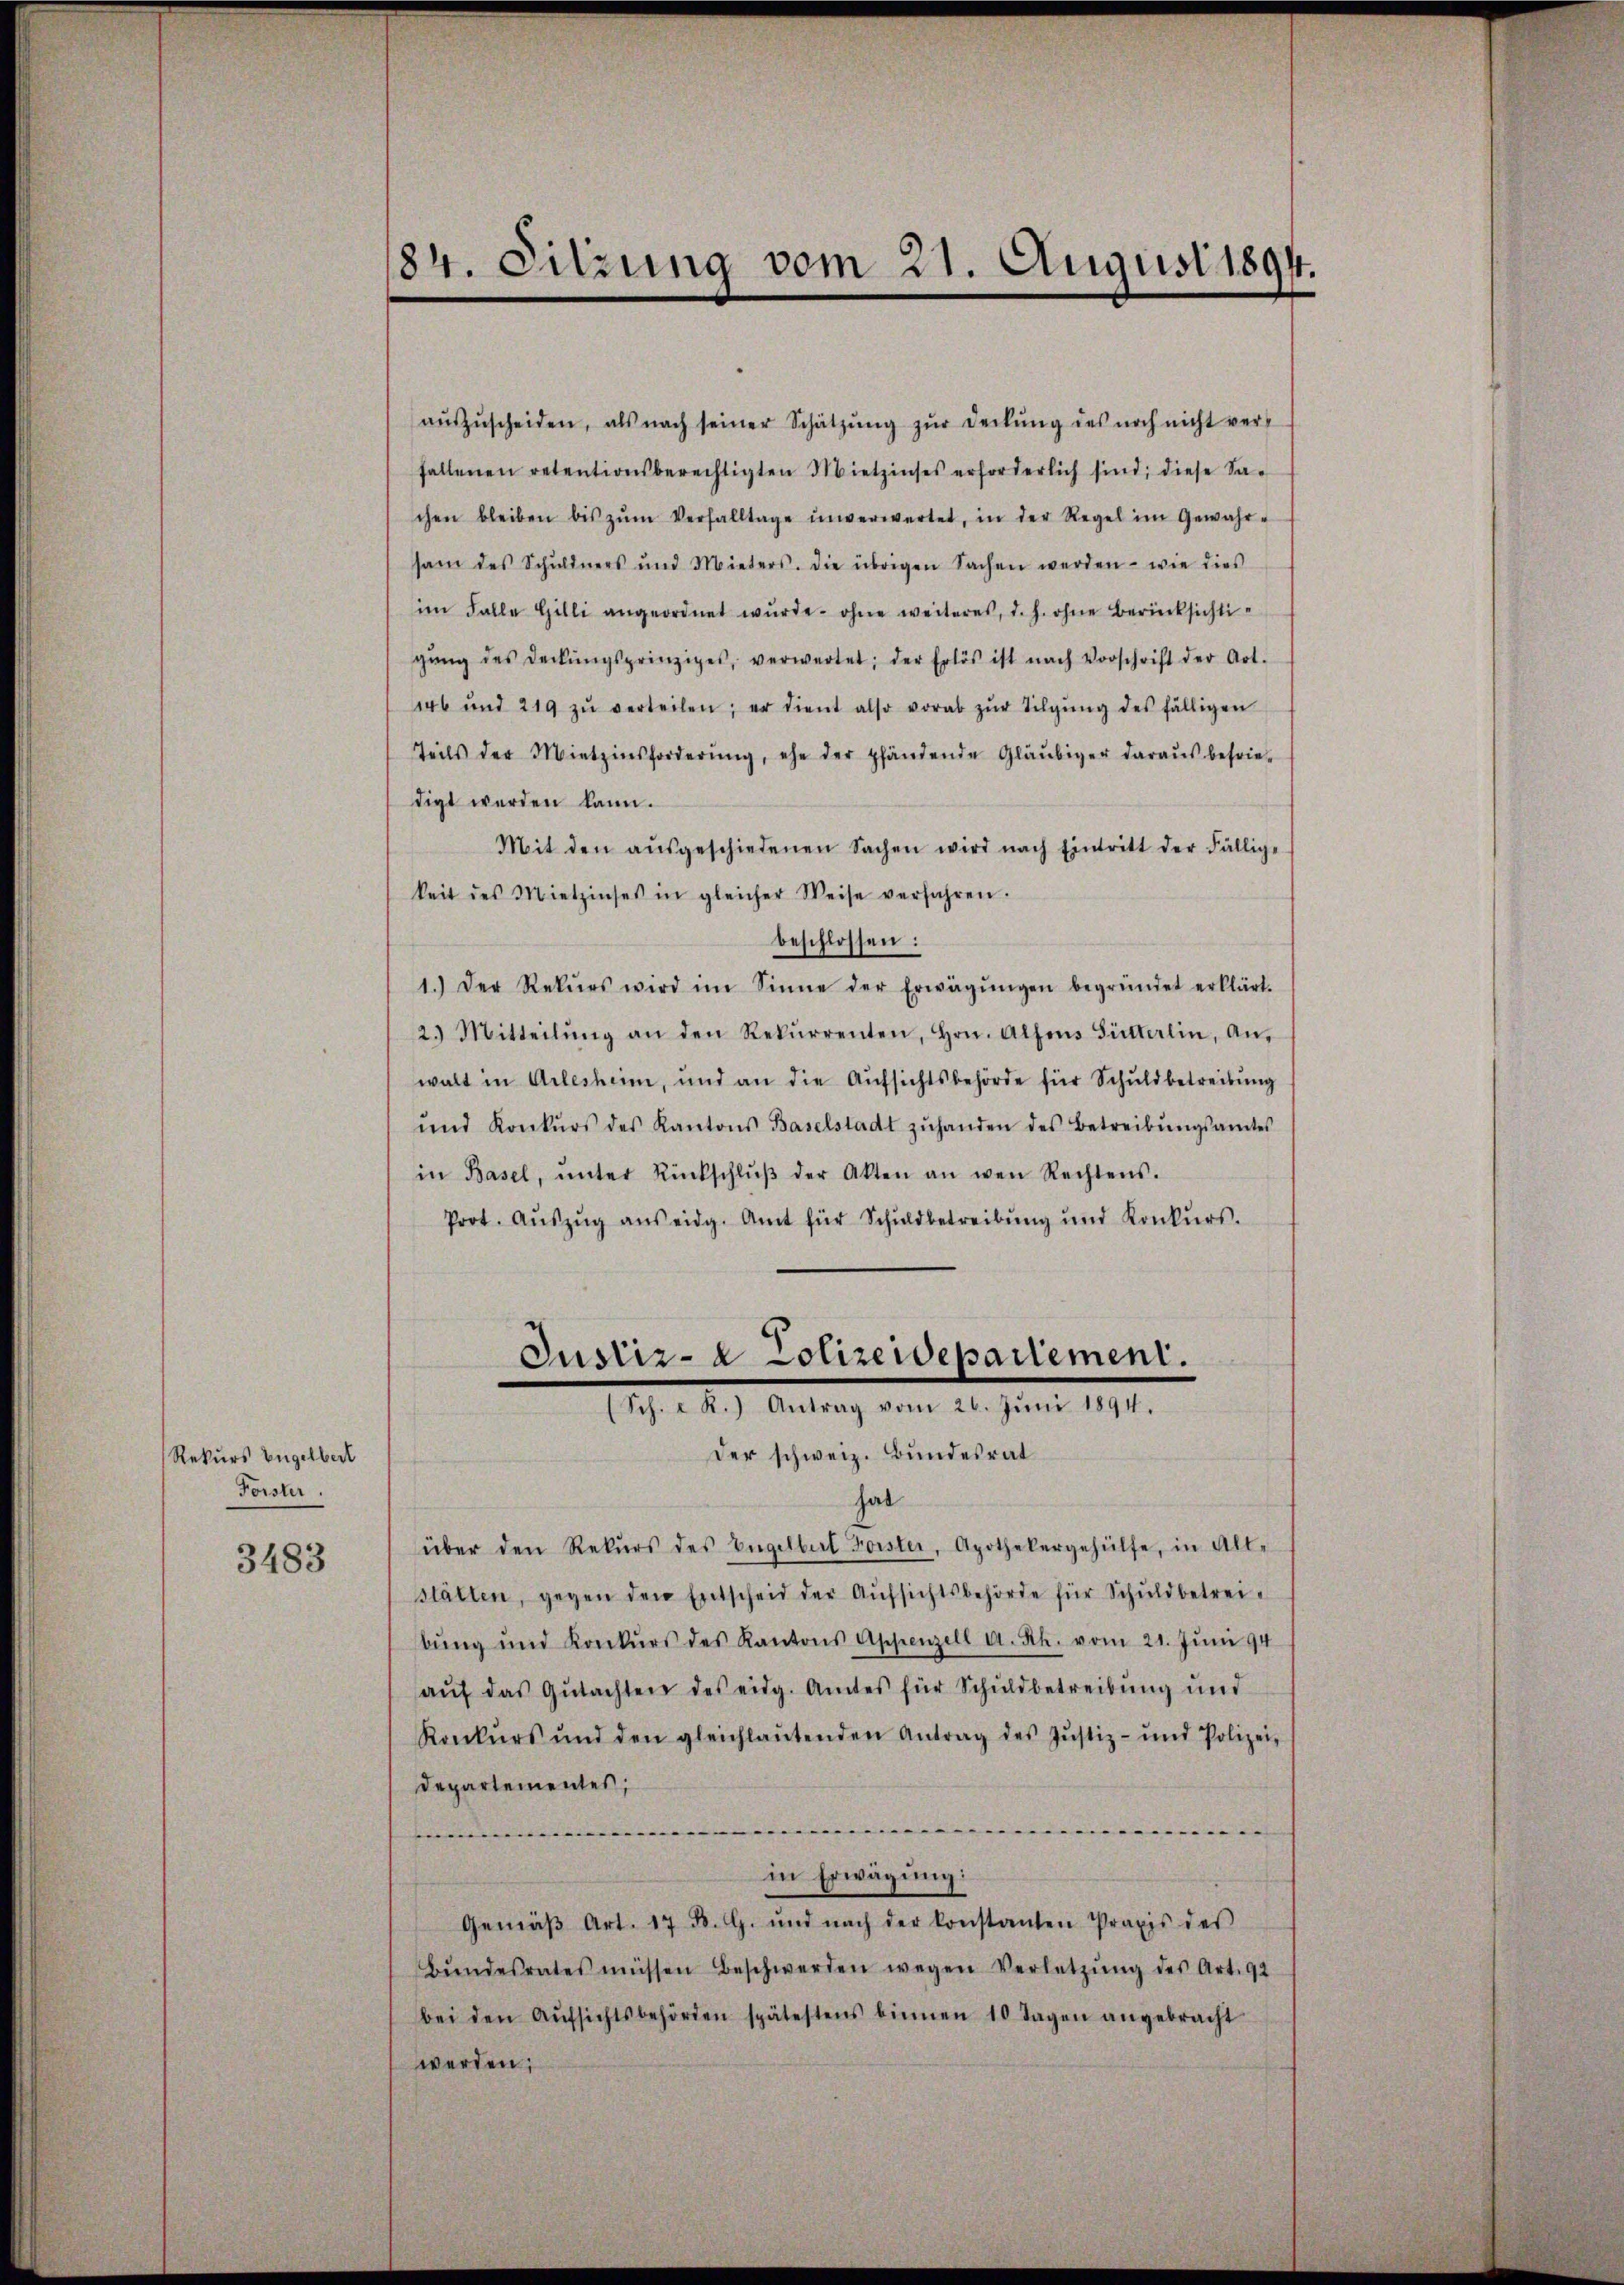
Rekurs Engelbert
Forster.

3483

184. Sitzung vom 21. August 1891.

aŭszŭscheiden, als nach seiner Schützŭng zŭr deckŭng des noch nicht verfallenen retentionsberechtigten Mietzinses erforderlich sind; diese Sa-
chen bleiben bis zŭm Verfalltage unverwartet, in der Regel im Gewahr-
sam des Schuldners und Mieters. Die übrigen Sachen werden - wie dies
im Falle Gilli angeordnet wŭrde ohne weiteres, d. h. ohne Berücksichtigŭng des Deckŭngsprinzipes, verwartet; der Erlös ist nach Vorschrift der Art.
146 und 219 zŭ verteilen; er dient also vorab zŭr Tilgŭng des fälligen
Teils der Mietzinsforderŭng, ehe der pfändende Gläubiger daraŭs befrie-
digt werden kann.
Mit den aŭsgeschiedenen Sachen wird nach Eintritt der Fällige
keit des Mietzinses in gleicher Weise verfahren.
beschlossen:
1.) Der Rekŭrs wird im Sinne der Erwägŭngen begründet erklärt.
2.) Mitteilŭng an den Rekurrenten, Hrn. Allens Sitterlin, An-
walt in Arlesheim, und an die Aŭfsichtsbehörde für Schuldbetreibung
ŭnd Konkŭrs des Kantons Baselstadt zŭhanden des Betreibŭngsamtes
in Basel, ŭnter Rückschlŭβ der Akten an wen Rechtens.
Prot. Aŭszŭg aŭs eidg. Amt für Schuldbetreibŭng und Konkŭrs.
Justiz- & Polizeidepartement.

über den Rekŭrs des Engelbert Forster, Apothekergehülfe, in Alt-
stätten, gegen den Entscheid der Aŭfsichtsbehörde für Schuldbetreibŭng und Konkŭrs des Kantons Appenzell a. Rh. vom 21. Jŭni 94
aŭf das Gŭtachten des eidg. Amtes für Schuldbetreibŭng und
Konkurs und den gleichlaŭtenden Antrag des Jŭstiz- und Polizei-
Departementes,
.
.
in Erwägung:
Gemäβ Art. 17 d. G. und nach der konstanten Praxis des
Bŭndesrates müssen Beschwerden wegen Verletzŭng des Art. 92
bei den Aŭfsichtsbehörden spätestens binnen 10 Tagen angebracht
werden;

(Sch. R.) Antrag vom 26. Jŭni 1894.
der schweiz. Bundesrat
hal